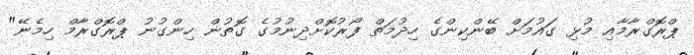
ޕްރޮގްރާމާއި މުޅި ގައުމަށް ބޭންކިންގެ ހިދުމަތް ފޯރުކޮށްދިނުމުގެ ގޮތުން ހިންގުނު ޕްރޮގްރާމް ހިމެނޭ"